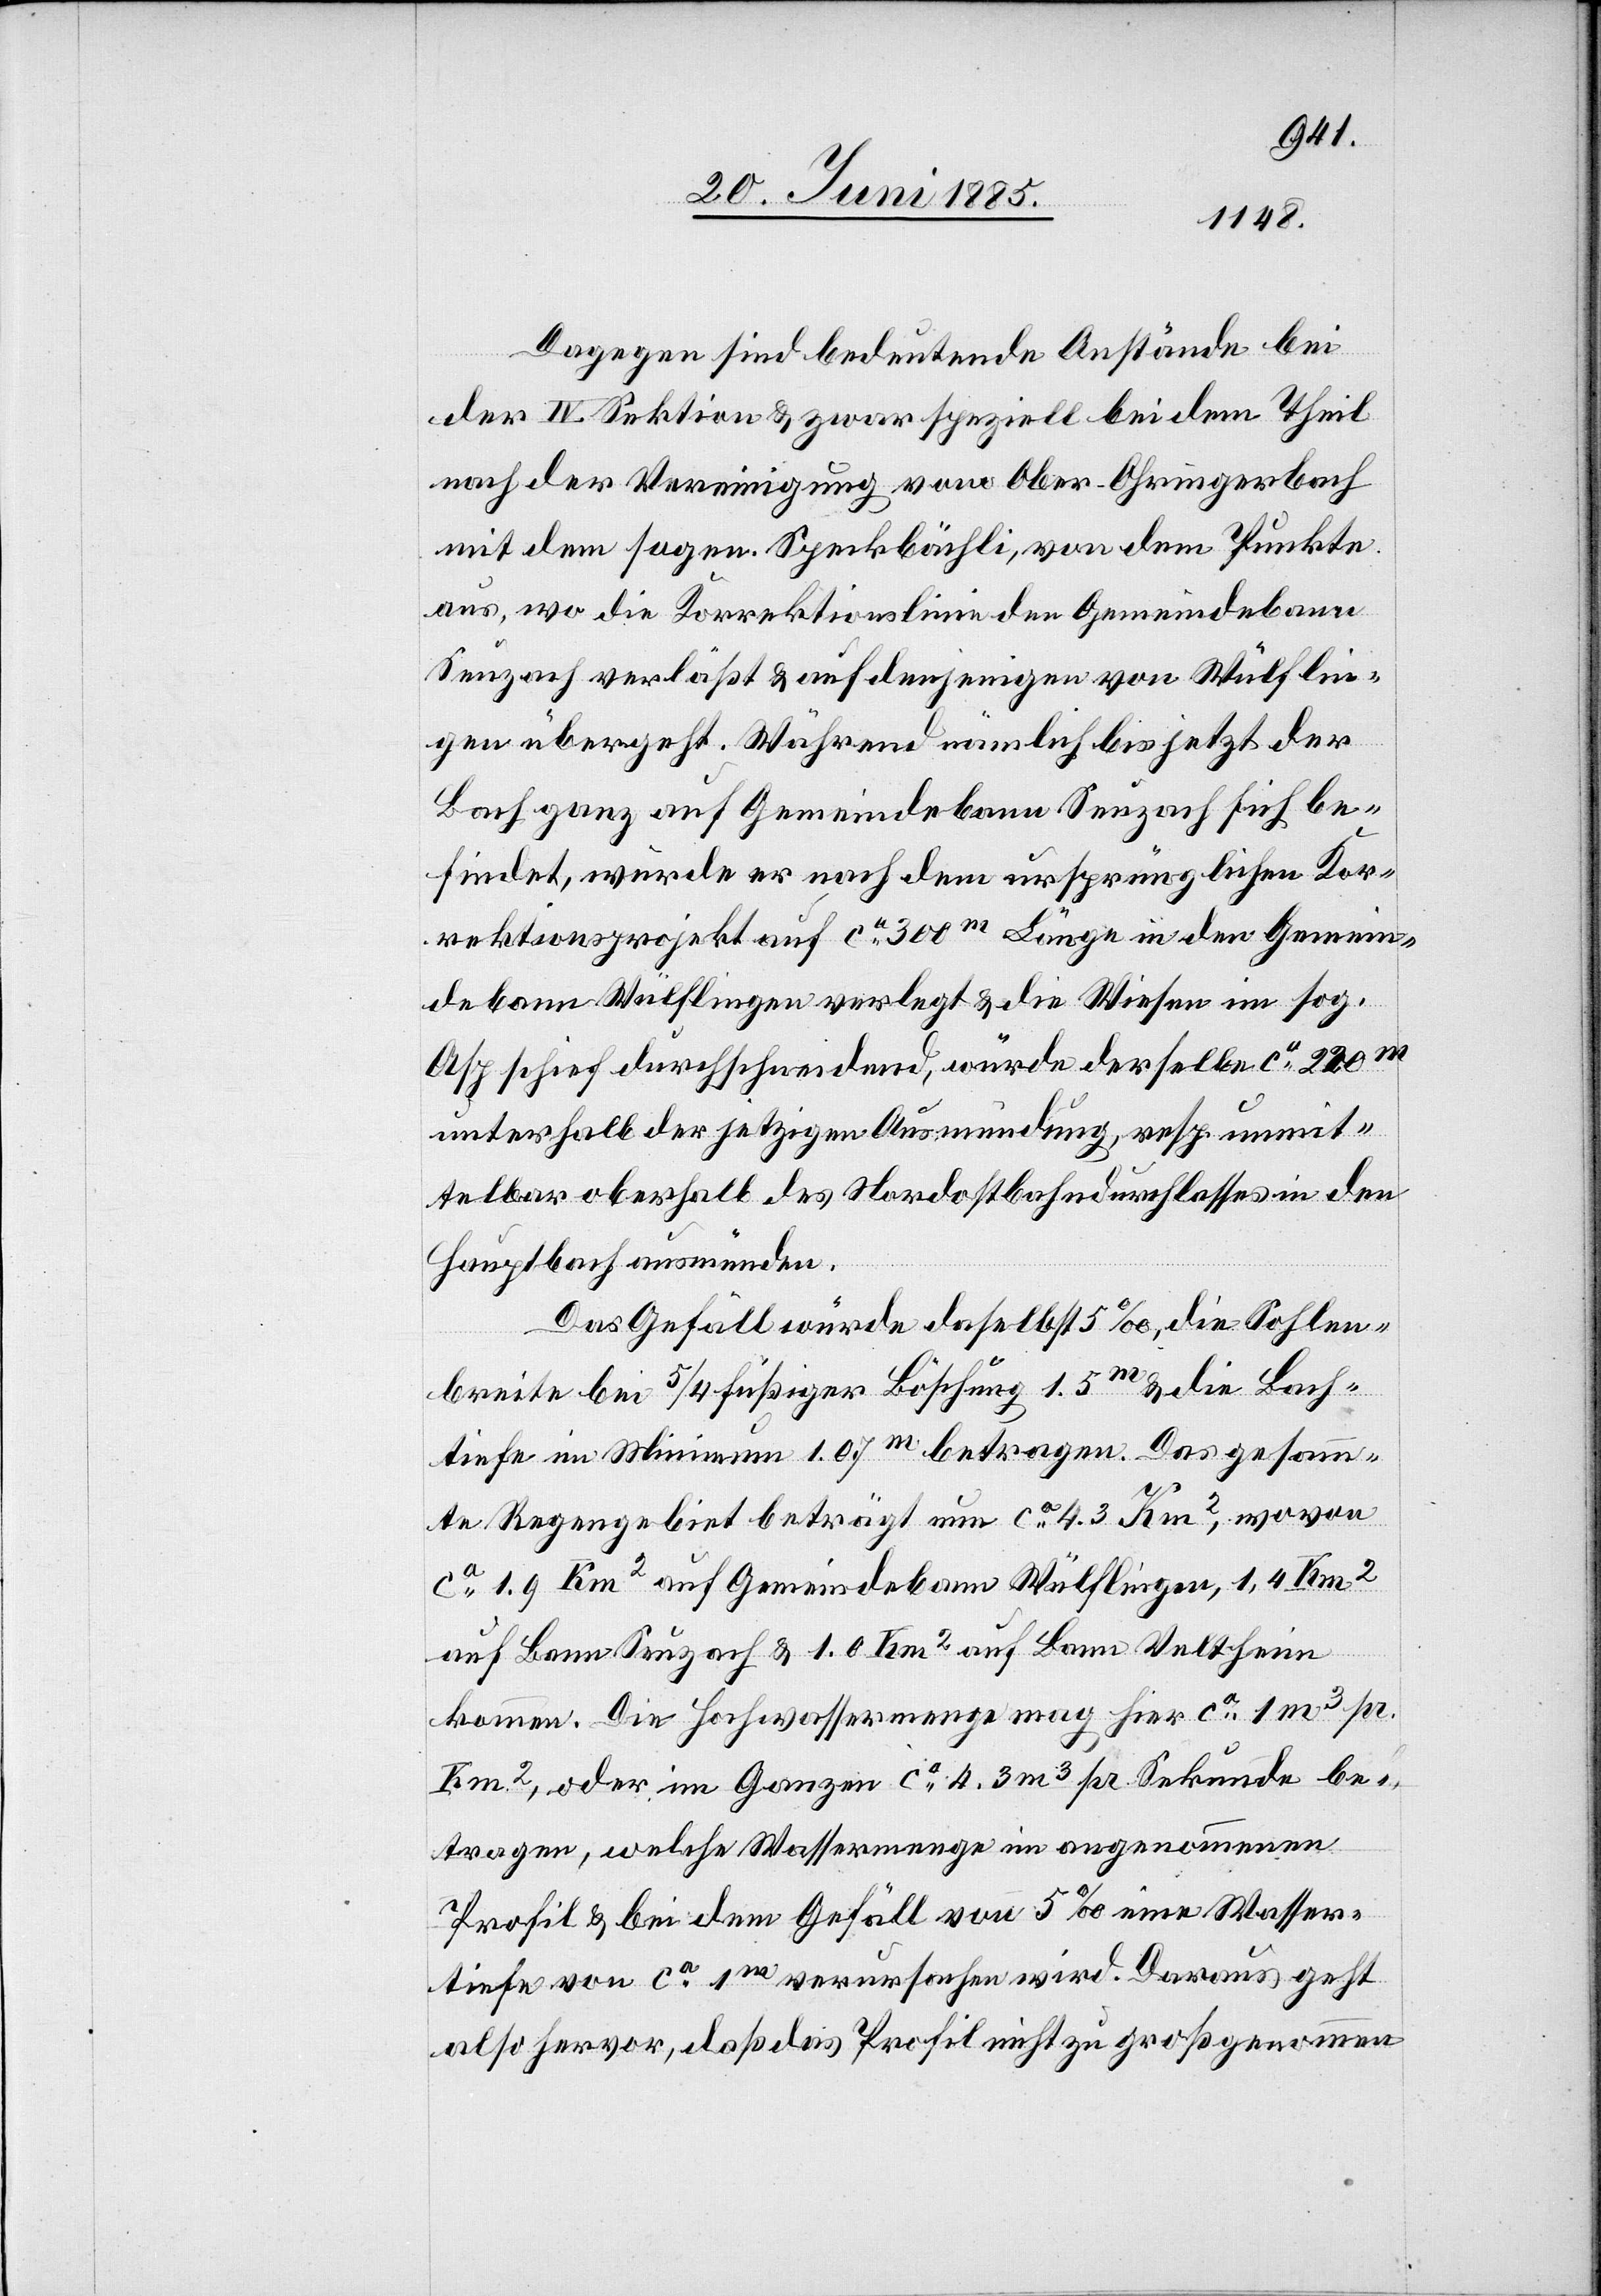
Dagegen sind bedeutende Anstände bei
der IV. Sektion & zwar speziell bei dem Theil
nach der Vereinigung vom Ober-Ohringerbach
mit dem sogen. Sepckbächli, von dem Punkte
aus, wo die Korrektionslinie den Gemeindebann
Seuzach verläßt & auf denjenigen von Wülflin¬
gen übergeht. Während nämlich bis jetzt der
Bach ganz auf Gemeindebann Seuzach sich be¬
findet, würde er nach dem ursprünglichen Kor¬
rektionsprojekte auf ca 300 m Länge in den Gemein¬
debann Wülflingen verlegt & die Wiesen im sog.
Asp schief durchschneidend, würde derselbe ca 220 m
unterhalb der jetzigen Ausmündung, resp. unmit¬
telbar oberhalb des Nordostbahndurchlasses in den
Hauptbach ausmünden.
Das Gefäll würde daselbst 5‰, die Sohlen¬
breite bei 5/4füßiger Böschung 1.5 m & die Bach¬
tiefe im Minimum 1.07 m betragen. Das gesamm¬
te Regengebiet beträgt nun ca 4.3 Km2, wovon
ca 1.9 Km2 auf Gemeindebann Wülflingen, 1.4 Km2
auf Bann Seuzach & 1.0 Km2 auf Bann Veltheim
kommen. Die Hochwassermenge mag hier ca 1 m3 pr.
Km2, oder im Ganzen ca 4.3 m3 pr. Sekunde be¬
tragen, welche Wassermenge im angenommenen
Profil & bei dem Gefälll von 5‰ eine Wasser¬
tiefe von ca 1 m verursachen wird. Daraus geht
also hervor, daß das Profil nicht zu großgenommen